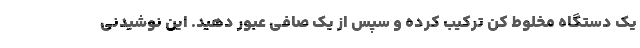
یک دستگاه مخلوط کن ترکیب کرده و سپس از یک صافی عبور دهید. این نوشیدنی